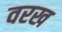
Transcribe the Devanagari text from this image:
वरख